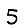
Digit: 5